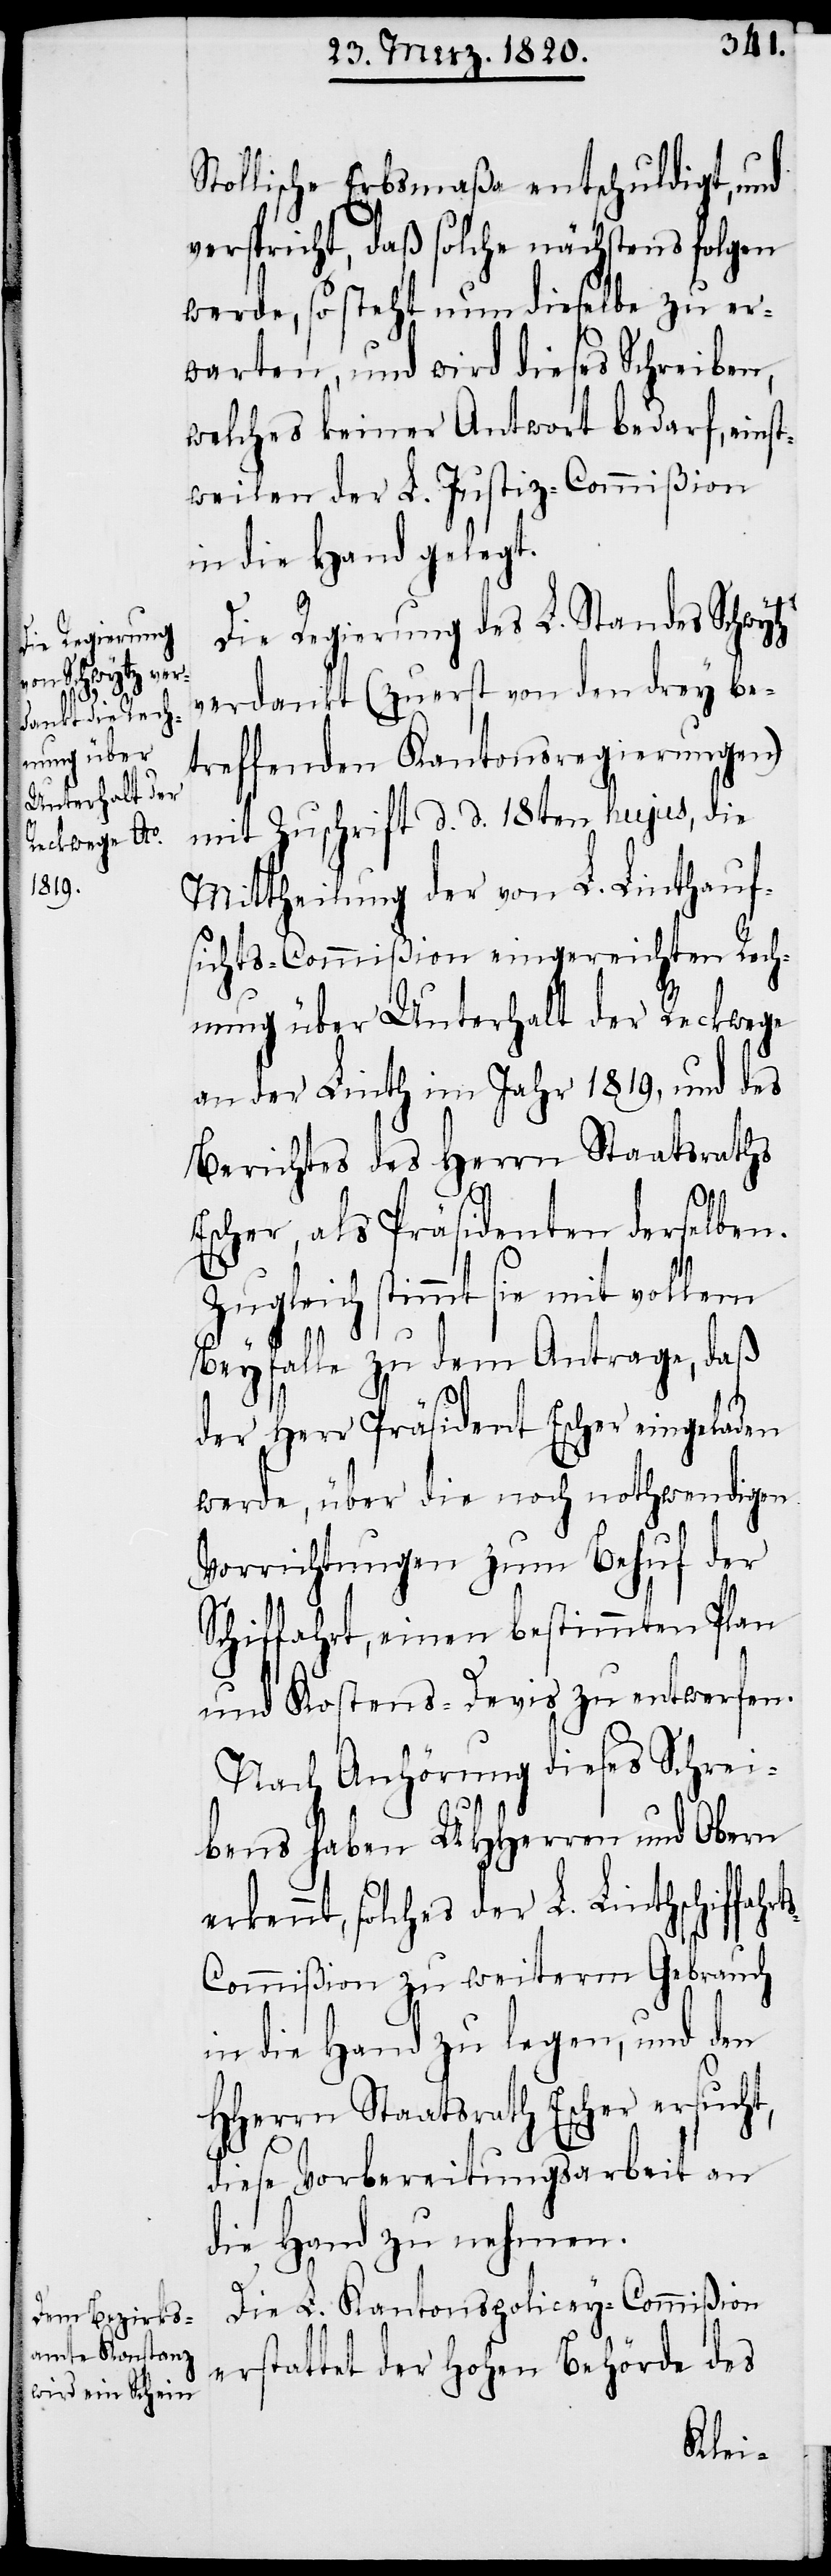
Stollische Erbsmaßa entschuldigt, und
verspricht, daß solche nächstens folgen
werde, so steht nun dieselbe zu er¬
warten, und wird dieses Schreiben,
welches keiner Antwort bedarf, einst¬
weilen der L. Justiz-Commißion
in die Hand gelegt.
Die Regierung des L. Standes Schwytz
verdankt (zuerst von den drey be¬
treffenden Kantonsregierungen)
mit Zuschrift d. d. 18ten hujus, die
Mittheilung der von L. Linthauf¬
sichts-Commißion eingereichten Rech¬
nung über Unterhalt der Reckwege
an der Linth im Jahr 1819, und des
Berichtes des Herrn Staatsraths
t¬
Escher, als Präsidenten derselben.
Zugleich stimmt sie mit vollem
Beyfalle zu dem Antrage, daß
der Herr Präsident Escher eingeladen
werde, über die noch nothwendigen
Vorrichtungen zum Behuf der
Schiffahrt, einen bestimmten Plan
und Kostens-Devis zu entwerfen.
Nach Anhörung dieses Schrei¬
bens haben UHHerren und Obern
erkennt, solches der L. Linthschiffahr¬
s-Commißion zu weiterm Gebrauch
in die Hand zu legen, und den
HHerrn Staatsrath Escher ersucht,
diese Vorbereitungsarbeit an
die Hand zu nehmen.
Die L. Kantonspolicey-Commißion
erstattet der Hohen Behörde des